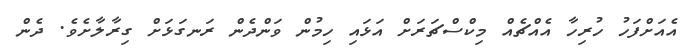
އެއަށްފަހު ހުރިހާ އެއްޗެއް މިކްސްޗަރަށް އަޅައި ހިމުން ވަންދެން ރަނގަޅަށް ގިރާލާށެވެ. ދެން